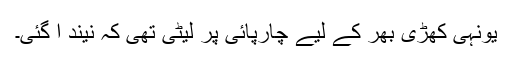
یونہی کھڑی بھر کے لیے چارپائی پر لیٹی تھی کہ نیند آ گئی۔